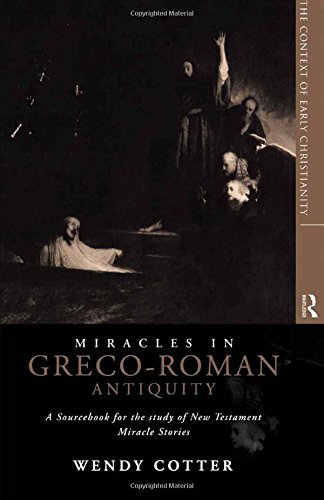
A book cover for Miracles in Greco-Roman Antiquity: A Sourcebook for the Study of New Testament Miracle Stories (The Context of Early Christianity, 1); Wendy Cotter C.S.J; History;